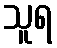
သူရ